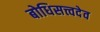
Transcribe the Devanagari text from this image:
बोधिसत्त्वदेव